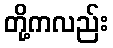
တို့ကလည်း